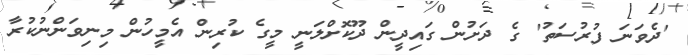
'ދެވަނަ ފުރުސަތު' ގެ ދަށުން ގައިދީން ދޫކޮށްލަނީ މީގެ ކުރިން އެމީހުން މިނިވަންނުކުރާ